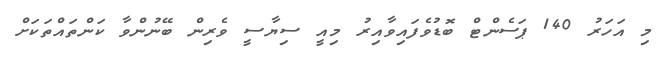
މި އަހަރު 140 ޕަސެންޓް ބޮޑުވެފައިވާއިރު މިއީ ސިޔާސީ ވެރިން ބޭނުންވާ ކަންތައްތަކަށް